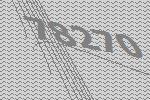
78270